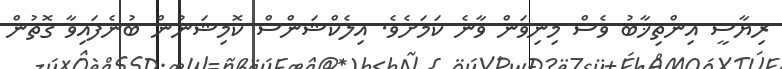
ރިޔާސީ އިންތިޚާބު ވެސް މިނިވަން ވާނެ ކަމަށެވެ. އިލެކްޝަންސް ކޮމިޝަނުން ބުނެފައިވާ ގޮތުން